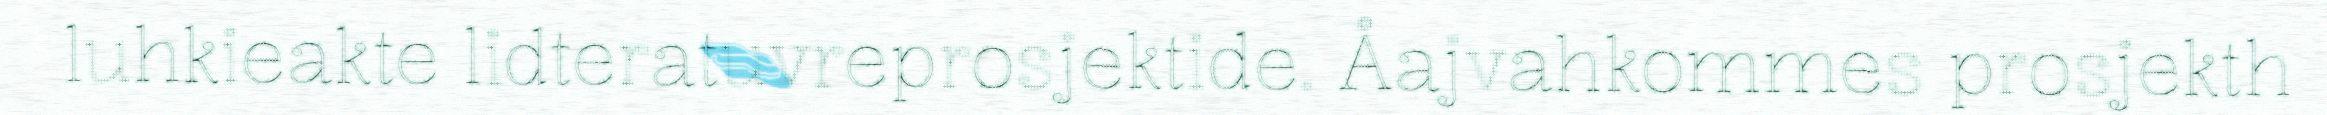
luhkieakte lidteratuvreprosjektide. Åajvahkommes prosjekth